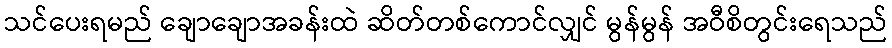
သင်ပေးရမည် ချောချောအခန်းထဲ ဆိတ်တစ်ကောင်လျှင် မွန်မွန် အဝီစိတွင်းရေသည်